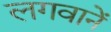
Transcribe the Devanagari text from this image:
लगवानें